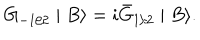
G _ { - 1 / 2 } \mid B \rangle = i \bar { G } _ { 1 / 2 } \mid B \rangle .